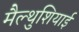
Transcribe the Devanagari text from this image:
मैल्थुशियाई